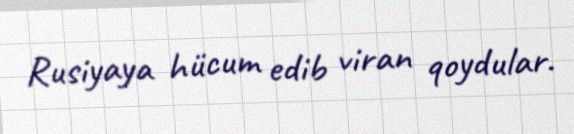
Rusiyaya hücum edib viran qoydular.